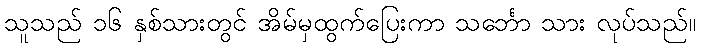
သူသည် ၁၆ နှစ်သားတွင် အိမ်မှထွက်ပြေးကာ သင်္ဘော သား လုပ်သည်။